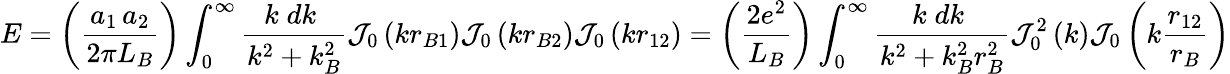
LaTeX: E=\left({\frac{a_{1}\, a_{2}}{2\pi L_{B}}}\right)\int_{0}^{\infty}{\frac{k\; dk\; }{k^{2}+k_{B}^{2}}}{\mathcal{J}}_{0}\left(kr_{B1}\right){\mathcal{J}}_{0}\left(kr_{B2}\right){\mathcal{J}}_{0}\left(kr_{12}\right)=\left({\frac{2e^{2}}{L_{B}}}\right)\int_{0}^{\infty}{\frac{k\; dk\; }{k^{2}+k_{B}^{2}r_{B}^{2}}}{\mathcal{J}}_{0}^{2}\left(k\right){\mathcal{J}}_{0}\left(k{\frac{r_{12}}{r_{B}}}\right)